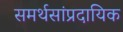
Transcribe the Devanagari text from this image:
समर्थसांप्रदायिक